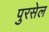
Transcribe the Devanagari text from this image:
पुरसेल